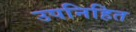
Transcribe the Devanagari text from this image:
उपनिहित